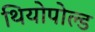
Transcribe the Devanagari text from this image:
थियोपोल्ड